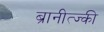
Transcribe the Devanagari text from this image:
ब्रानीत्ज्की